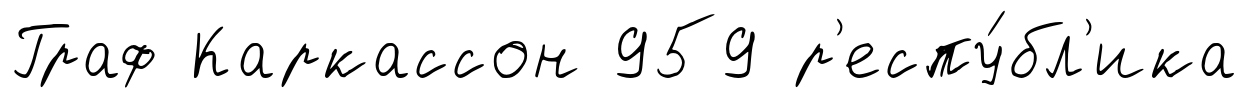
Граф Каркассон 959 р'еспу́бл'ика